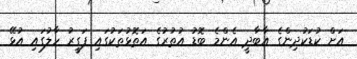
އަށް ކުޑަކުދިންގެ އާބާދީ އެންމެ ބޮޑު އުތުރުގެ އަތޮޅުތަކުގައި ފަގީރު ހާލުގައި އުޅޭ